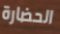
الحضارة